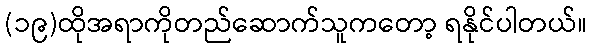
(၁၉)ထိုအရာကိုတည်ဆောက်သူကတော့ ရနိုင်ပါတယ်။